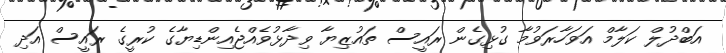
އަބްދުލް ކަލާމް އަވަހާރަވުމާ ގުޅިގެން ރައީސް ތައުޒިޔާ ވިދާޅުވެއްޖެއިންޑިޔާގެ ކުރީގެ ރައީސް އަދި